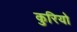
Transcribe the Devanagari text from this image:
कुरियो